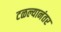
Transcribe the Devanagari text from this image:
टळल्यानंतर